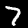
Label: 7